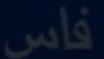
فاس